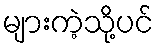
များကဲ့သို့ပင်